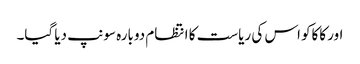
اور کاکاکو اس کی ریاست کا انتظام دوبارہ سونپ دیا گیا۔